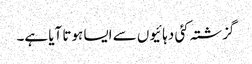
گزشتہ کئی دہائیوں سے ایسا ہوتا آیا ہے۔